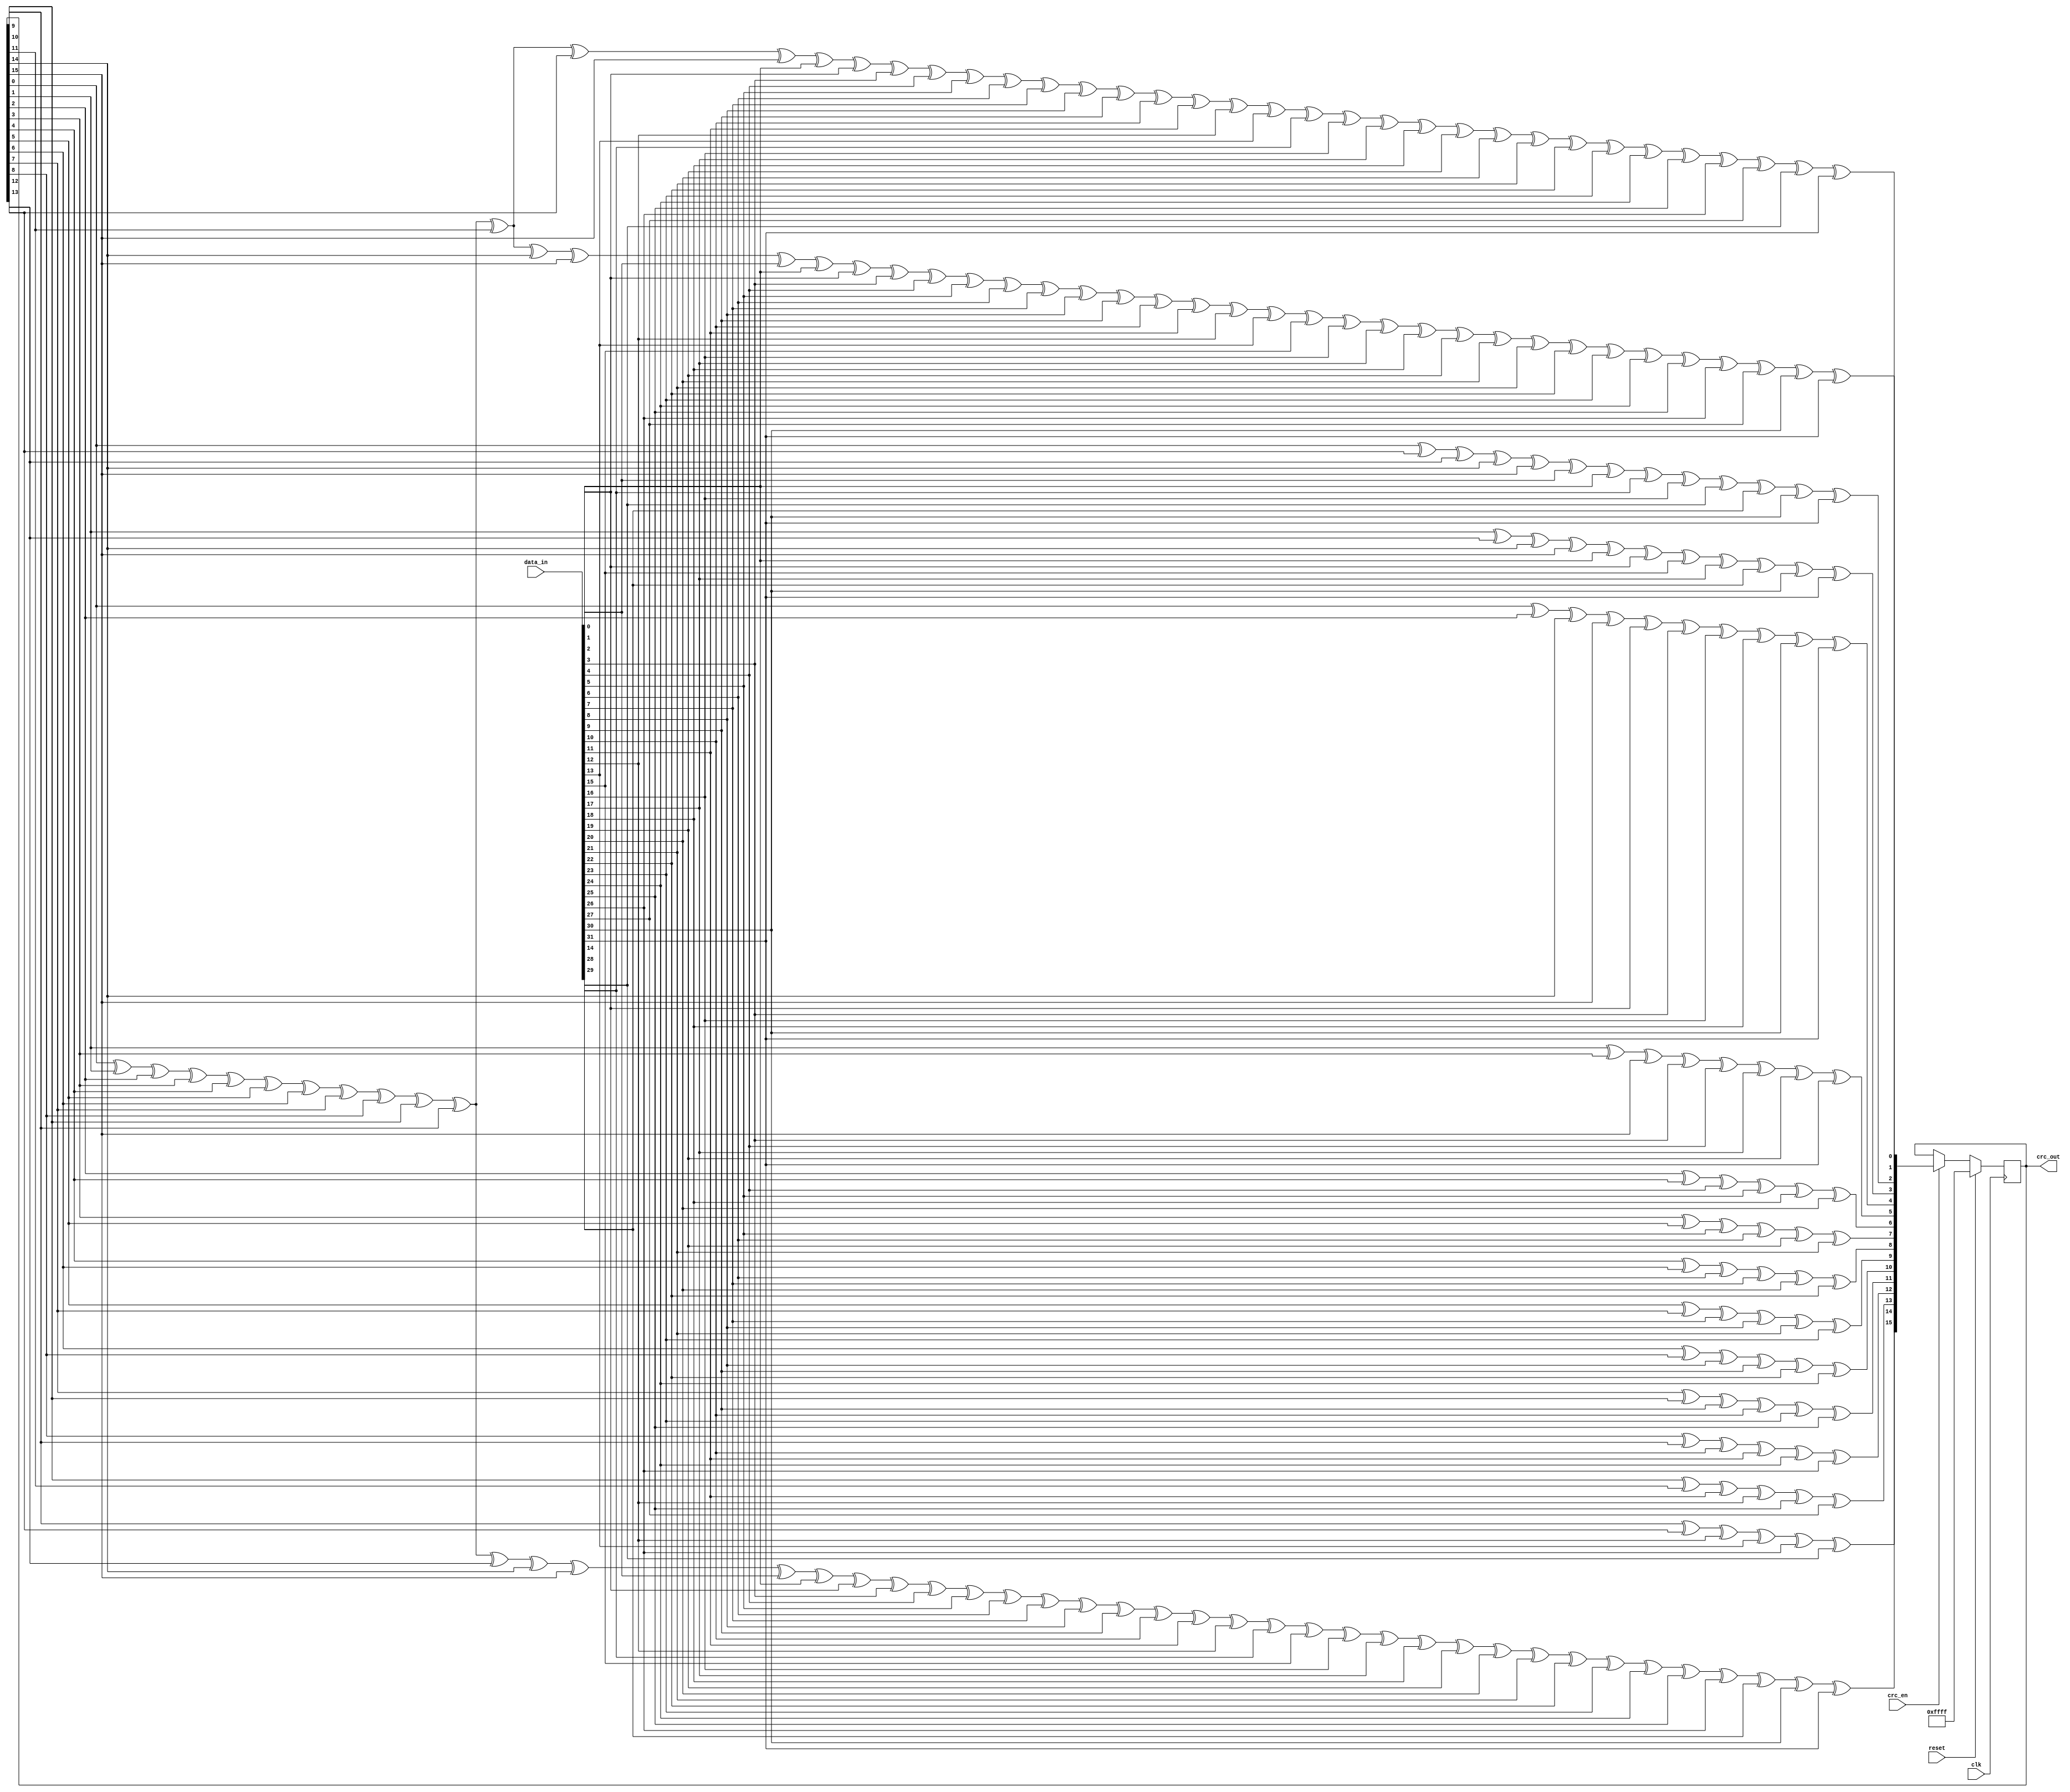
//-------------------------------------------------------------------------------------------------
//  --    : , 2010 -2015.
//  --      .
//  --          : FPGA
//  --        : crc_16
//  --        : 
//-------------------------------------------------------------------------------------------------
//
//  --  :
//
//  --          :| 				:|  
//-------------------------------------------------------------------------------------------------
//  --        :| 2014/6/5 14:03:51	:|  
//-------------------------------------------------------------------------------------------------
//
//  --      :
//              1)  : ... ...
//
//              2)  : ... ...
//
//              3)  : ... ...
//
//-------------------------------------------------------------------------------------------------
//`include			"crc_16_def.v"
///
`timescale 1ns/1ps
//-------------------------------------------------------------------------------------------------

module crc_16 (
	input			reset		,
	input			clk			,
	input	[31:0]	data_in		,
	input			crc_en		,
	output	[15:0]	crc_out
	);

	//	ref signals

	reg		[15:0]		lfsr_q	;
	reg		[15:0]		lfsr_c	;


	//	ref ARCHITECTURE

	assign crc_out = lfsr_q;

	always @ (*) begin
		lfsr_c[0] = lfsr_q[0] ^ lfsr_q[1] ^ lfsr_q[2] ^ lfsr_q[3] ^ lfsr_q[4] ^ lfsr_q[5] ^ lfsr_q[6] ^ lfsr_q[7] ^ lfsr_q[8] ^ lfsr_q[9] ^ lfsr_q[10] ^ lfsr_q[11] ^ lfsr_q[14] ^ lfsr_q[15] ^ data_in[0] ^ data_in[1] ^ data_in[2] ^ data_in[3] ^ data_in[4] ^ data_in[5] ^ data_in[6] ^ data_in[7] ^ data_in[8] ^ data_in[9] ^ data_in[10] ^ data_in[11] ^ data_in[12] ^ data_in[13] ^ data_in[15] ^ data_in[16] ^ data_in[17] ^ data_in[18] ^ data_in[19] ^ data_in[20] ^ data_in[21] ^ data_in[22] ^ data_in[23] ^ data_in[24] ^ data_in[25] ^ data_in[26] ^ data_in[27] ^ data_in[30] ^ data_in[31];
		lfsr_c[1] = lfsr_q[0] ^ lfsr_q[1] ^ lfsr_q[2] ^ lfsr_q[3] ^ lfsr_q[4] ^ lfsr_q[5] ^ lfsr_q[6] ^ lfsr_q[7] ^ lfsr_q[8] ^ lfsr_q[9] ^ lfsr_q[10] ^ lfsr_q[11] ^ lfsr_q[12] ^ lfsr_q[15] ^ data_in[1] ^ data_in[2] ^ data_in[3] ^ data_in[4] ^ data_in[5] ^ data_in[6] ^ data_in[7] ^ data_in[8] ^ data_in[9] ^ data_in[10] ^ data_in[11] ^ data_in[12] ^ data_in[13] ^ data_in[14] ^ data_in[16] ^ data_in[17] ^ data_in[18] ^ data_in[19] ^ data_in[20] ^ data_in[21] ^ data_in[22] ^ data_in[23] ^ data_in[24] ^ data_in[25] ^ data_in[26] ^ data_in[27] ^ data_in[28] ^ data_in[31];
		lfsr_c[2] = lfsr_q[0] ^ lfsr_q[12] ^ lfsr_q[13] ^ lfsr_q[14] ^ lfsr_q[15] ^ data_in[0] ^ data_in[1] ^ data_in[14] ^ data_in[16] ^ data_in[28] ^ data_in[29] ^ data_in[30] ^ data_in[31];
		lfsr_c[3] = lfsr_q[1] ^ lfsr_q[13] ^ lfsr_q[14] ^ lfsr_q[15] ^ data_in[1] ^ data_in[2] ^ data_in[15] ^ data_in[17] ^ data_in[29] ^ data_in[30] ^ data_in[31];
		lfsr_c[4] = lfsr_q[0] ^ lfsr_q[2] ^ lfsr_q[14] ^ lfsr_q[15] ^ data_in[2] ^ data_in[3] ^ data_in[16] ^ data_in[18] ^ data_in[30] ^ data_in[31];
		lfsr_c[5] = lfsr_q[1] ^ lfsr_q[3] ^ lfsr_q[15] ^ data_in[3] ^ data_in[4] ^ data_in[17] ^ data_in[19] ^ data_in[31];
		lfsr_c[6] = lfsr_q[2] ^ lfsr_q[4] ^ data_in[4] ^ data_in[5] ^ data_in[18] ^ data_in[20];
		lfsr_c[7] = lfsr_q[3] ^ lfsr_q[5] ^ data_in[5] ^ data_in[6] ^ data_in[19] ^ data_in[21];
		lfsr_c[8] = lfsr_q[4] ^ lfsr_q[6] ^ data_in[6] ^ data_in[7] ^ data_in[20] ^ data_in[22];
		lfsr_c[9] = lfsr_q[5] ^ lfsr_q[7] ^ data_in[7] ^ data_in[8] ^ data_in[21] ^ data_in[23];
		lfsr_c[10] = lfsr_q[6] ^ lfsr_q[8] ^ data_in[8] ^ data_in[9] ^ data_in[22] ^ data_in[24];
		lfsr_c[11] = lfsr_q[7] ^ lfsr_q[9] ^ data_in[9] ^ data_in[10] ^ data_in[23] ^ data_in[25];
		lfsr_c[12] = lfsr_q[8] ^ lfsr_q[10] ^ data_in[10] ^ data_in[11] ^ data_in[24] ^ data_in[26];
		lfsr_c[13] = lfsr_q[9] ^ lfsr_q[11] ^ data_in[11] ^ data_in[12] ^ data_in[25] ^ data_in[27];
		lfsr_c[14] = lfsr_q[10] ^ lfsr_q[12] ^ data_in[12] ^ data_in[13] ^ data_in[26] ^ data_in[28];
		lfsr_c[15] = lfsr_q[0] ^ lfsr_q[1] ^ lfsr_q[2] ^ lfsr_q[3] ^ lfsr_q[4] ^ lfsr_q[5] ^ lfsr_q[6] ^ lfsr_q[7] ^ lfsr_q[8] ^ lfsr_q[9] ^ lfsr_q[10] ^ lfsr_q[13] ^ lfsr_q[14] ^ lfsr_q[15] ^ data_in[0] ^ data_in[1] ^ data_in[2] ^ data_in[3] ^ data_in[4] ^ data_in[5] ^ data_in[6] ^ data_in[7] ^ data_in[8] ^ data_in[9] ^ data_in[10] ^ data_in[11] ^ data_in[12] ^ data_in[14] ^ data_in[15] ^ data_in[16] ^ data_in[17] ^ data_in[18] ^ data_in[19] ^ data_in[20] ^ data_in[21] ^ data_in[22] ^ data_in[23] ^ data_in[24] ^ data_in[25] ^ data_in[26] ^ data_in[29] ^ data_in[30] ^ data_in[31];
	end

	always @ (posedge clk) begin
		if(reset) begin
			lfsr_q	<= {16{1'b1}};
		end
		else begin
			lfsr_q	<= crc_en ? lfsr_c : lfsr_q;
		end
	end
	
endmodule